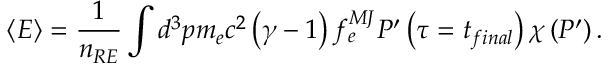
\left\langle E \right\rangle = \frac { 1 } { n _ { R E } } \int d ^ { 3 } p m _ { e } c ^ { 2 } \left( \gamma - 1 \right) f _ { e } ^ { M J } P ^ { \prime } \left( \tau = t _ { f i n a l } \right) \chi \left( P ^ { \prime } \right) .